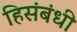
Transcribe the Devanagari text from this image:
हिसंबंधी